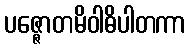
ပဇ္ဇောတမိဝါဓိပါတကာ